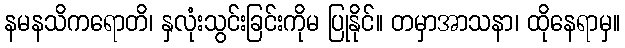
နမနသိကရောတိ၊ နှလုံးသွင်းခြင်းကိုမ ပြုနိုင်။ တမှာအာသနာ၊ ထိုနေရာမှ။